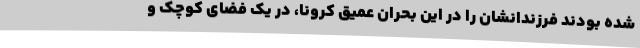
شده بودند فرزندانشان را در این بحران عمیق کرونا، در یک فضای کوچک و